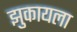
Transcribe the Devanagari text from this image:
झुकायला